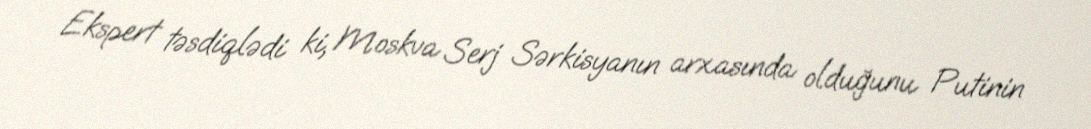
Ekspert təsdiqlədi ki, Moskva Serj Sərkisyanın arxasında olduğunu Putinin